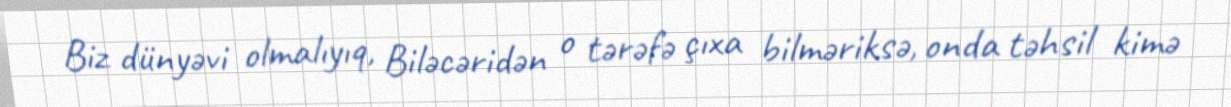
Biz dünyəvi olmalıyıq, Biləcəridən o tərəfə çıxa bilməriksə, onda təhsil kimə